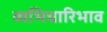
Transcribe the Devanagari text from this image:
व्यभिचारिभाव